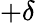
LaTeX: +\delta